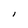
Character: l